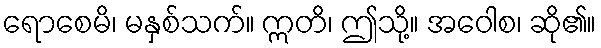
ရောစေမိ၊ မနှစ်သက်။ ဣတိ၊ ဤသို့။ အဝေါစ၊ ဆို၏။